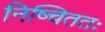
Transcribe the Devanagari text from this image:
निष्चिततः